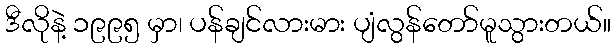
ဒီလိုနဲ့ ၁၉၉၅ မှာ၊ ပန်ချင်လားမား ပျံလွန်တော်မူသွားတယ်။